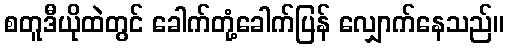
စတူဒီယိုထဲတွင် ခေါက်တုံ့ခေါက်ပြန် လျှောက်နေသည်။